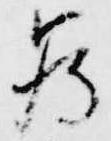
為